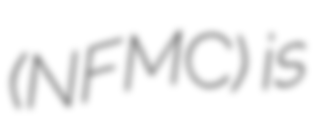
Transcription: (NFMC) is